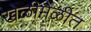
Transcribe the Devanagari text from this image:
खेळीमेळीत